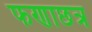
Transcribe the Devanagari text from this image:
फणाछत्र